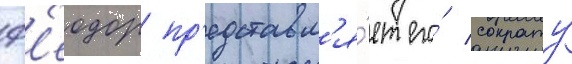
ф'еодор пр'едставл'я́ет его́ сократу